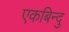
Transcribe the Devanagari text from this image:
एकबिन्दु